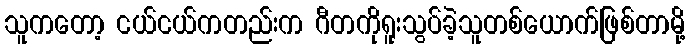
သူကတော့ ငယ်ငယ်ကတည်းက ဂီတကိုရူးသွပ်ခဲ့သူတစ်ယောက်ဖြစ်တာမို့